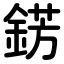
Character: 錺